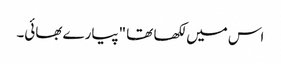
اس میں لکھا تھا "پیارے بھائی۔